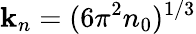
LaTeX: \mathbf{k}_{n}=(6\pi^{2}n_{0})^{1/3}